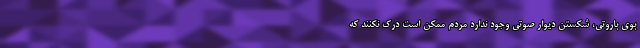
بوی باروتی، شکستن دیوار صوتی وجود ندارد مردم ممکن است درک نکنند که